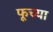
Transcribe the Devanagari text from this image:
फूच्या